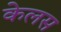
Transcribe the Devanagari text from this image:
केलस